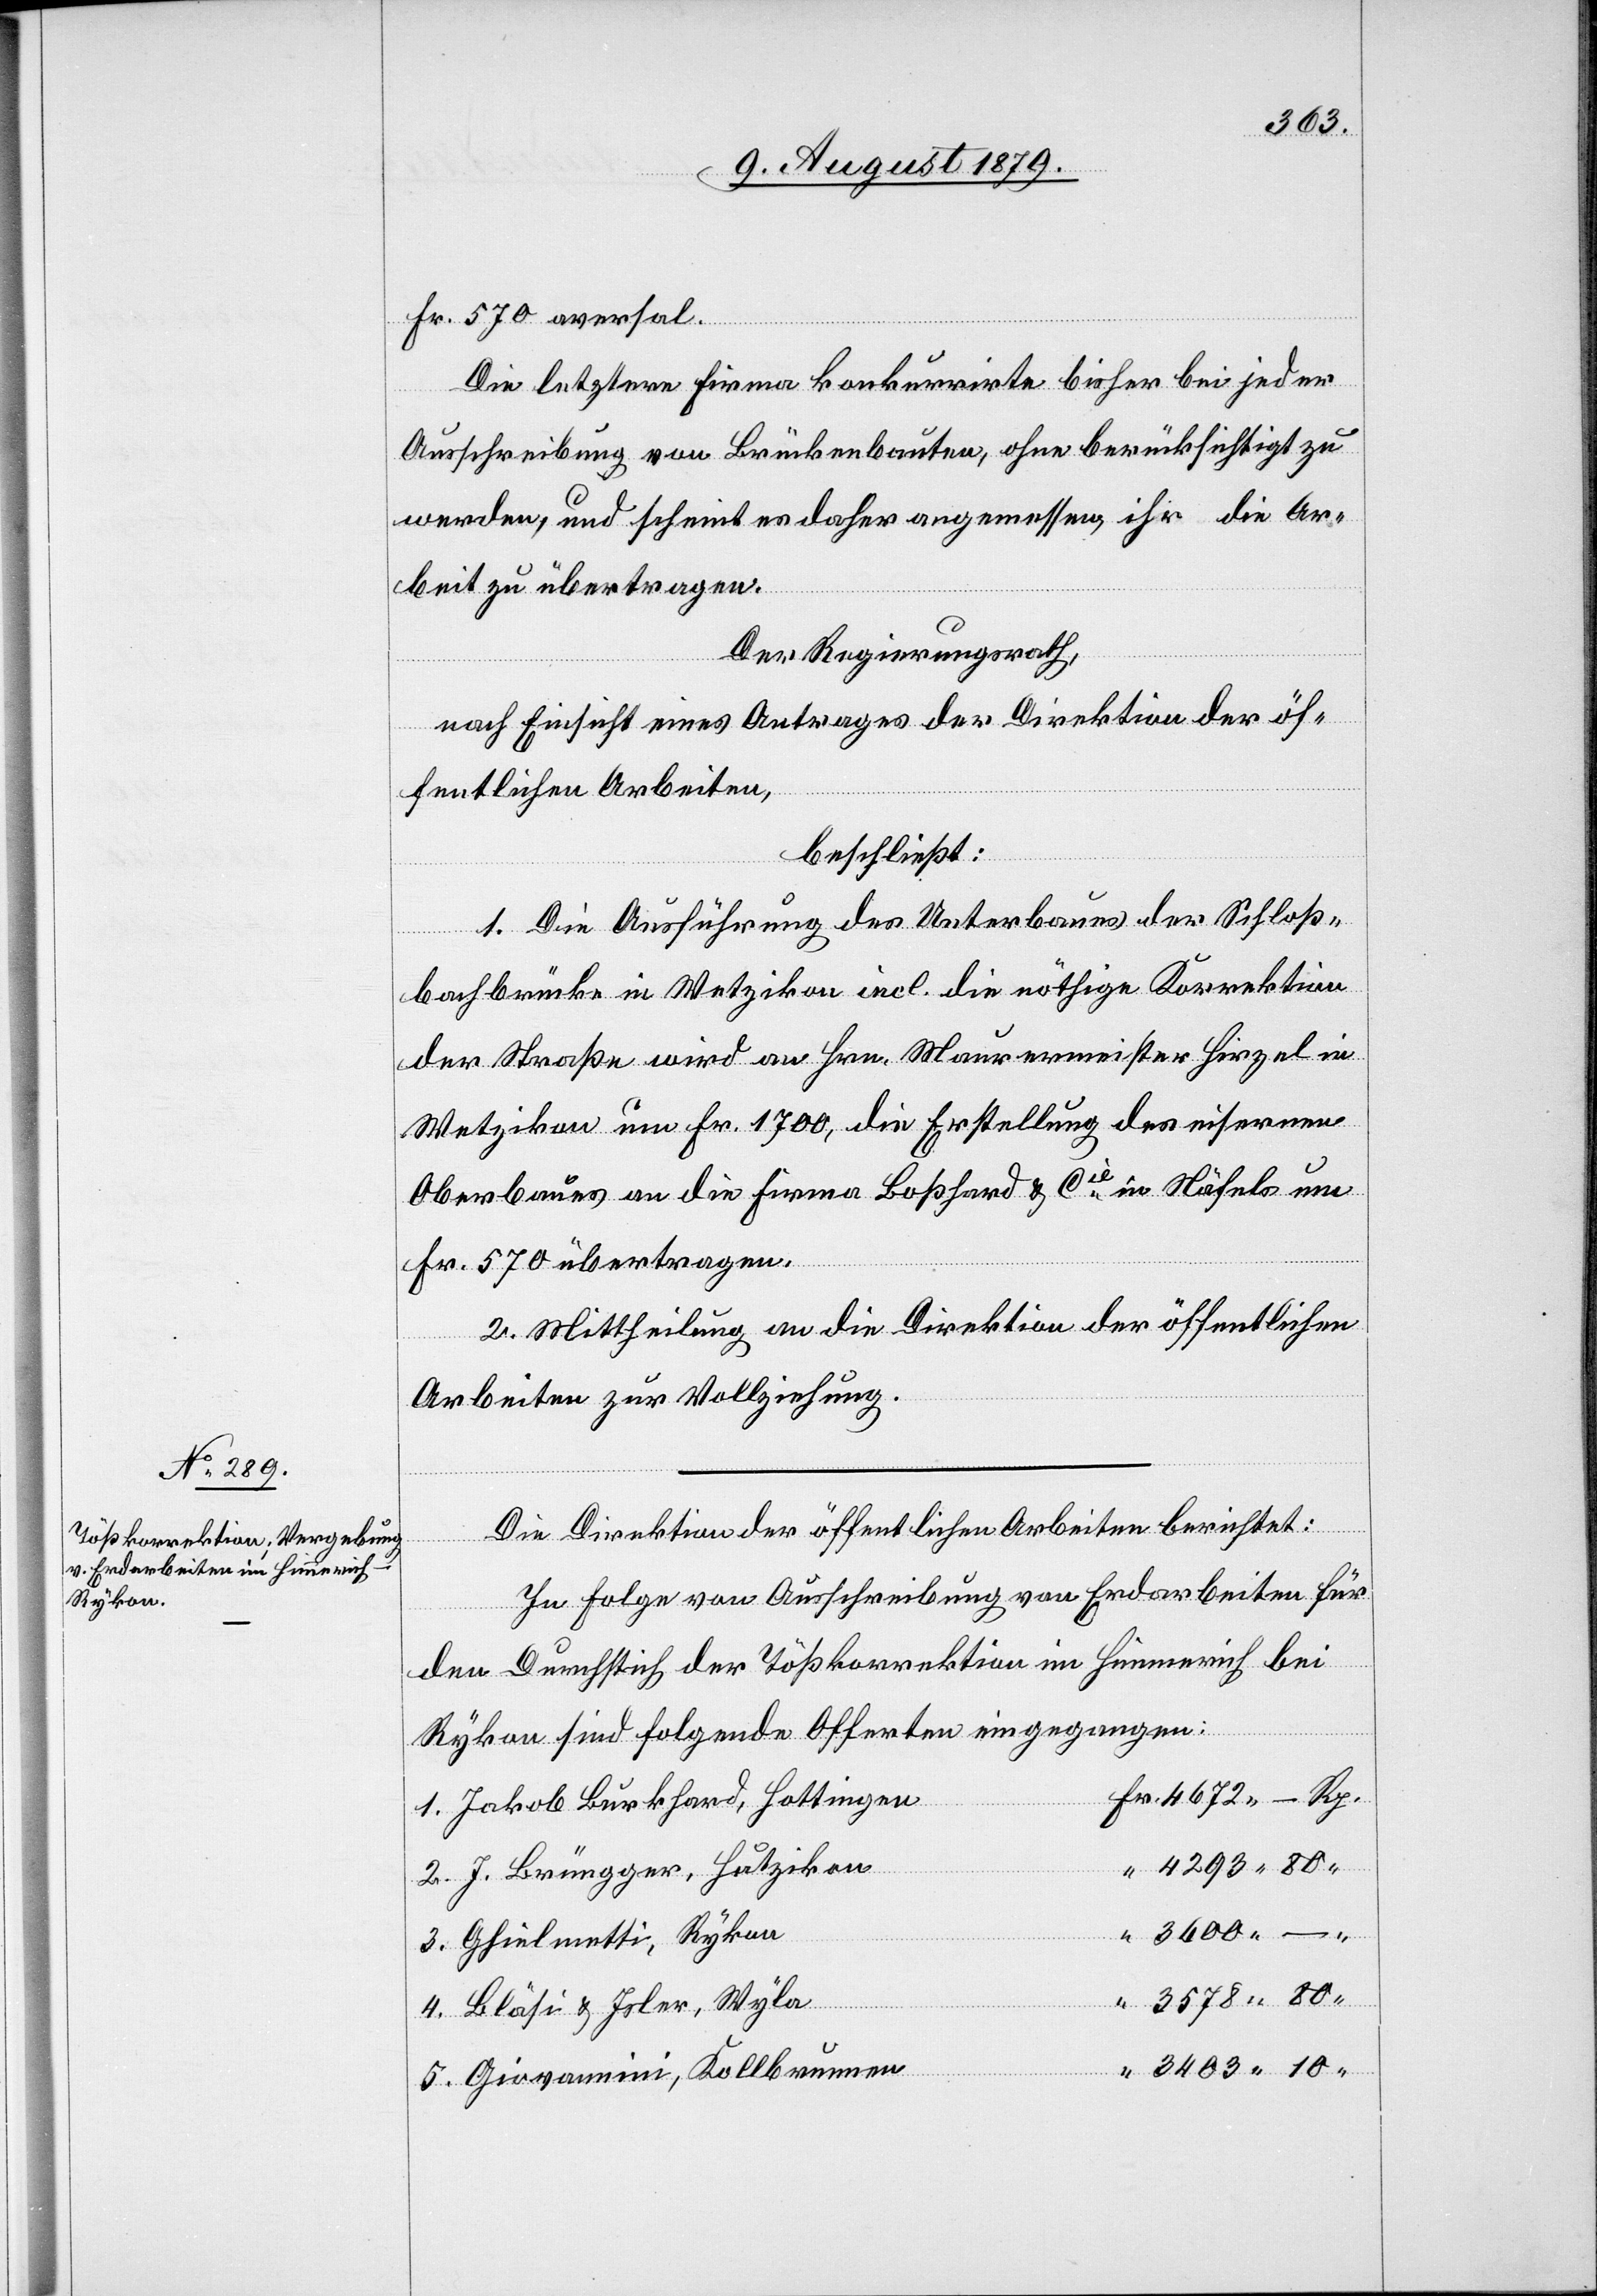
3403
Fr. 570 aversal.
Die letztere Firma konkurrirte bisher bei jeder
Ausschreibung von Brückenbauten, ohne berücksichtigt zu
werden, und scheint es daher angemessen, ihr die Ar¬
beit zu übertragen.
Der Regierungsrath,
nach Einsicht eines Antrages der Direktion der öf¬
fentlichen Arbeiten,
beschließt:
1. Die Ausführung des Unterbaues der Schloß¬
bachbrücke in Wetzikon incl. die nöthige Korrektion
der Straße wird an Hrn. Maurermeister Hirzel in
Wetzikon um Fr. 1700, die Erstellung des eisernen
Oberbaues an die Firma Boßhard & Cie in Näfels um
Fr. 570 übertragen.
2. Mittheilung an die Direktion der öffentlichen
Arbeiten zur Vollziehung.
5.
Die Direktion der öffentlichen Arbeiten berichtet:
3.
In Folge von Ausschreibung von Erdarbeiten für
den Durchstich der Tößkorrektion im Himmerich bei
Rykon sind folgende Offerten eingegangen:
Jakob Burkhard, Hottingen
J. Brüngger, Hutzikon
Ghielmetti, Rykon
Bläsi & Isler, Wyla